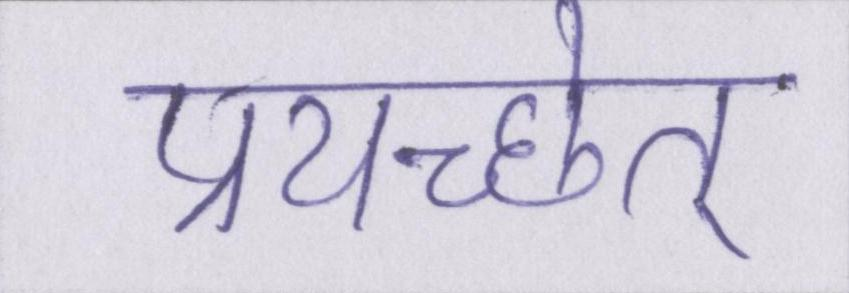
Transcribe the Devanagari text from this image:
प्रयच्छेत्